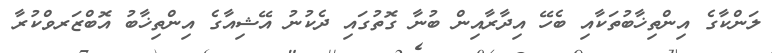
ލަންކާގެ އިންތިޚާބުތަކާއި ބެހޭ އިދާރާއިން ބުނާ ގޮތުގައި ދެކުނު އޭޝިއާގެ އިންތިޚާބު އޮބްޒަރވްކުރާ